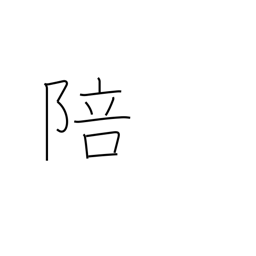
Meaning: obeisance